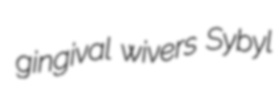
gingival wivers Sybyl